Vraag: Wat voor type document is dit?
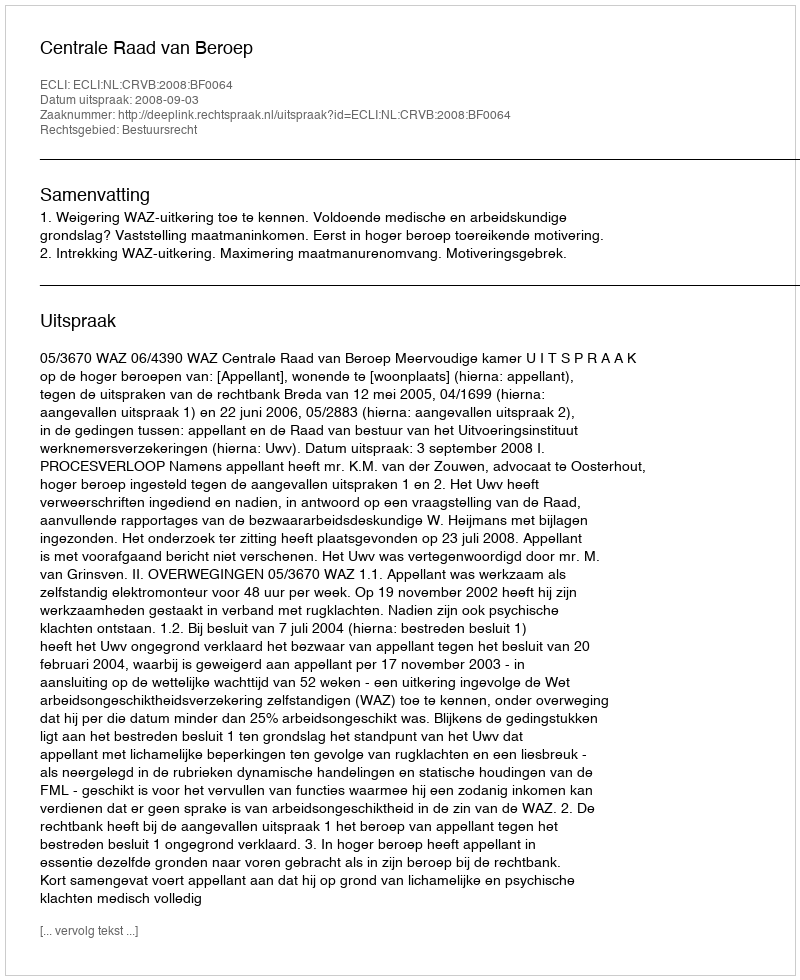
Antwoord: Uitspraak